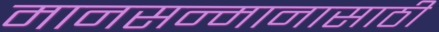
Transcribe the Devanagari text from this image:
मानसन्मानासाठी